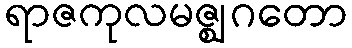
ရာဇကုလမဇ္ဈဂတော